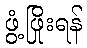
ဖွံ့ဖြိုးရန်